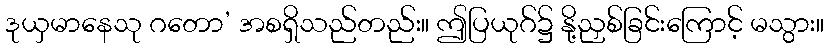
ဒုယှမာနေသု ဂတော’ အစရှိသည်တည်း။ ဤပြယုဂ်၌ နို့ညှစ်ခြင်းကြောင့် မသွား။